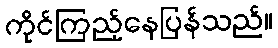
ကိုင်ကြည့်နေပြန်သည်။